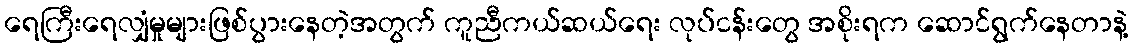
ရေကြီးရေလျှံမှုများဖြစ်ပွားနေတဲ့အတွက် ကူညီကယ်ဆယ်ရေး လုပ်ငန်းတွေ အစိုးရက ဆောင်ရွက်နေတာနဲ့